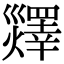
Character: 𤑹